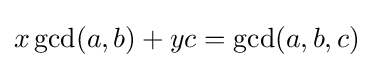
x\gcd(a,b)+yc=\gcd(a,b,c)